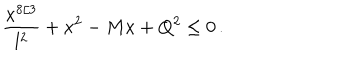
{ \frac { x ^ { 8 / 3 } } { l ^ { 2 } } } + x ^ { 2 } - M x + Q ^ { 2 } \leq 0 \, .